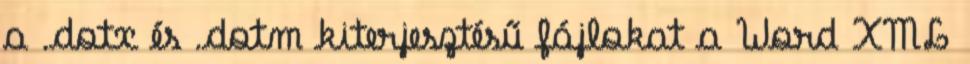
a .dotx és .dotm kiterjesztésű fájlokat a Word XML